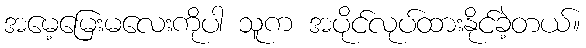
အမေ့မြေးမလေးကိုပါ သူက အပိုင်လုပ်ထားနိုင်ခဲ့တယ်။